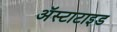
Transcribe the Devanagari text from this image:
अॅस्टाटाइड